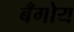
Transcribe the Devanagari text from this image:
बँगोय